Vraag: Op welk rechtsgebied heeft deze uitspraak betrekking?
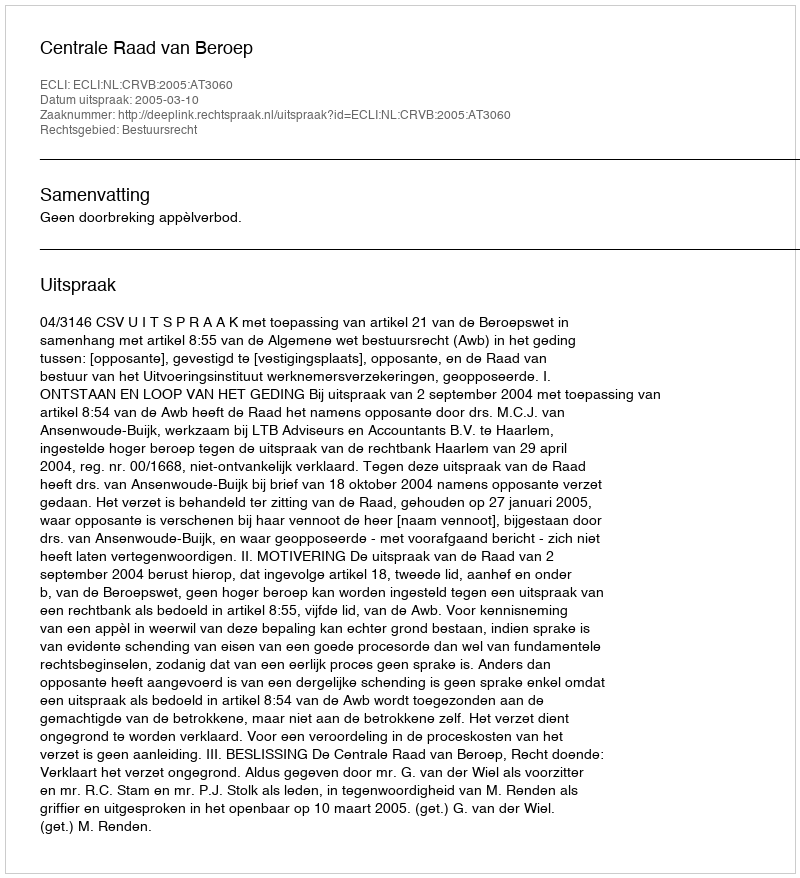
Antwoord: Bestuursrecht